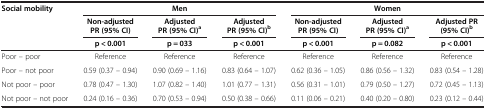
<table><thead><tr><td rowspan="2"><b>Social mobility</b></td><td colspan="3"><b>Men</b></td><td colspan="3"><b>Women</b></td></tr><tr><td><b>Non-adjusted PR (95% CI)</b></td><td><b>Adjusted PR (95% CI)<sup>a</sup></b></td><td><b>Adjusted PR (95% CI)<sup>b</sup></b></td><td><b>Non-adjusted PR (95% CI)</b></td><td><b>Adjusted PR (95% CI)<sup>a</sup></b></td><td><b>Adjusted PR (95% CI)<sup>b</sup></b></td></tr><tr><td><b> </b></td><td><b>p &lt; 0.001</b></td><td><b>p = 033</b></td><td><b>p &lt; 0.001</b></td><td><b>p &lt; 0.001</b></td><td><b>p = 0.082</b></td><td><b>p &lt; 0.001</b></td></tr></thead><tbody><tr><td>Poor – poor</td><td>Reference</td><td>Reference</td><td>Reference</td><td>Reference</td><td>Reference</td><td>Reference</td></tr><tr><td>Poor – not poor</td><td>0.59 (0.37 – 0.94)</td><td>0.90 (0.69 – 1.16)</td><td>0.83 (0.64 – 1.07)</td><td>0.62 (0.36 – 1.05)</td><td>0.86 (0.56 – 1.32)</td><td>0.83 (0.54 – 1.28)</td></tr><tr><td>Not poor – poor</td><td>0.78 (0.47 – 1.30)</td><td>1.07 (0.82 – 1.40)</td><td>1.01 (0.77 – 1.31)</td><td>0.56 (0.31 – 1.01)</td><td>0.79 (0.50 – 1.27)</td><td>0.72 (0.45 – 1.13)</td></tr><tr><td>Not poor – not poor</td><td>0.24 (0.16 – 0.36)</td><td>0.70 (0.53 – 0.94)</td><td>0.50 (0.38 – 0.66)</td><td>0.11 (0.06 – 0.21)</td><td>0.40 (0.20 – 0.80)</td><td>0.23 (0.12 – 0.44)</td></tr></tbody></table>